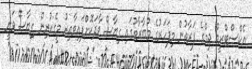
އެކްސްޓްރީމް ޖިމްގެ ފަރާތުން މިފަހަރުގެ މުބާރާތުގައި ގިޔާސް ވާދަކޮށްފައިވާއިރު މީގެކުރިން ގިޔާސް ވަނީ